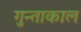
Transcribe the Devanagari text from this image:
गुन्ताकाल